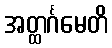
အတ္ထင်္ဂမေတိ